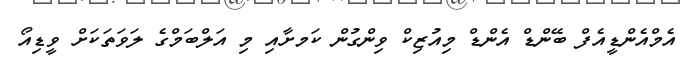
އެމްއެންޑީއެފް ބޭންޑް އެންޑް މިއުޒިކް ވިންގުން ކަަމށާއި މި އަލްބަމްގެ ލަވަތަކަށް ވީޑިއޯ